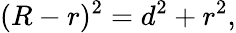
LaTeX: (R-r)^{2}=d^{2}+r^{2},